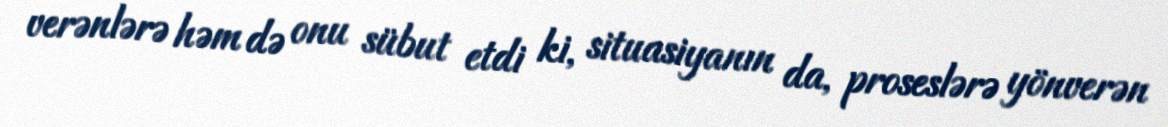
verənlərə həm də onu sübut etdi ki, situasiyanın da, proseslərə yönverən